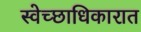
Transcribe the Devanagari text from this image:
स्वेच्छाधिकारात